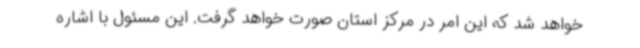
خواهد شد که این امر در مرکز استان صورت خواهد گرفت. این مسئول با اشاره